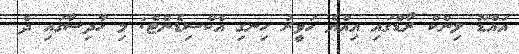
އައްޑޫ ލިންކް ރޯޑްގައި އިއްޔެ ހަވީރު ހިނގި އެކްސިޑެންޓް: މި ހާދިސާގައި ދެ